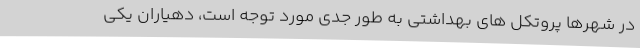
در شهرها پروتکل های بهداشتی به طور جدی مورد توجه است، دهیاران یکی